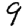
Digit: 9